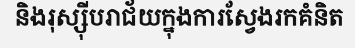
និងរុស្ស៊ីបរាជ័យក្នុងការស្វែងរកគំនិត